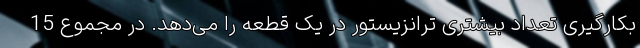
بکارگیری تعداد بیشتری ترانزیستور در یک قطعه را می‌دهد. در مجموع 15